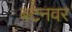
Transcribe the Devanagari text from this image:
बटनवर